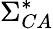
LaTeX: \Sigma_{CA}^{*}